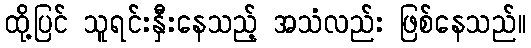
ထို့ပြင် သူရင်းနှီးနေသည့် အသံလည်း ဖြစ်နေသည်။